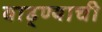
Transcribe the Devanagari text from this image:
वाढ्ण्याची